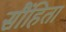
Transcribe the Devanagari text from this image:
सौंहिता